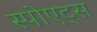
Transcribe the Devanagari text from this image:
स्पोएट्स